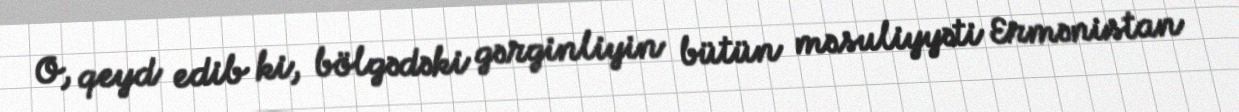
O, qeyd edib ki, bölgədəki gərginliyin bütün məsuliyyəti Ermənistan